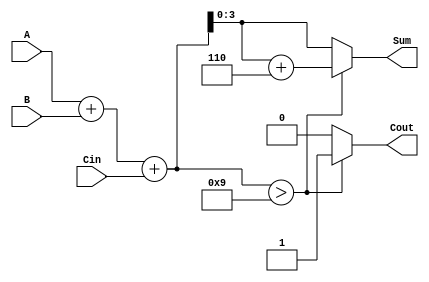
module bcd_hybrid_adder (
    input  [3:0] A,     // First BCD digit input
    input  [3:0] B,     // Second BCD digit input
    input        Cin,    // Carry input
    output reg [3:0] Sum, // BCD sum output
    output reg Cout      // Carry output
);

    reg [4:0] S; // 5-bit sum to accommodate carry-out

    always @(*) begin
        // Step 1: Binary Addition
        S = A + B + Cin;

        // Step 2: BCD Correction
        if (S > 9) begin
            S = S + 5'd6; // Add 6 to correct
            Cout = 1;     // Set carry-out
        end else begin
            Cout = 0;     // No carry-out
        end

        // Step 3: Output generation
        Sum = S[3:0]; // Assign lower 4 bits to Sum
    end

endmodule